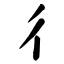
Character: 彳